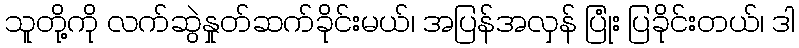
သူတို့ကို လက်ဆွဲနှုတ်ဆက်ခိုင်းမယ်၊ အပြန်အလှန် ပြုံး ပြခိုင်းတယ်၊ ဒါ